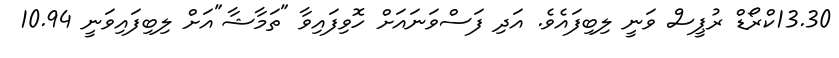
13.30ކްރޯޑް ރުޕީސް ވަނީ ލިބިފައެވެ. އަދި ފަސްވަނައަށް ހޮވިފައިވާ "ތަމާޝާ"އަށް ލިބިފައިވަނީ 10.94